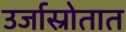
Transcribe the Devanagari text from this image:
उर्जास्रोतात